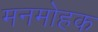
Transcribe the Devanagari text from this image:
मनमोहक